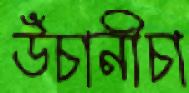
উঁচানীচা